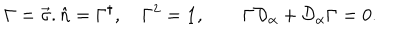
\Gamma = \vec { \sigma } . \hat { n } = \Gamma ^ { \dagger } , \quad \Gamma ^ { 2 } = { \bf 1 } , \qquad \Gamma { \cal D } _ { \alpha } + { \cal D } _ { \alpha } \Gamma = 0 .